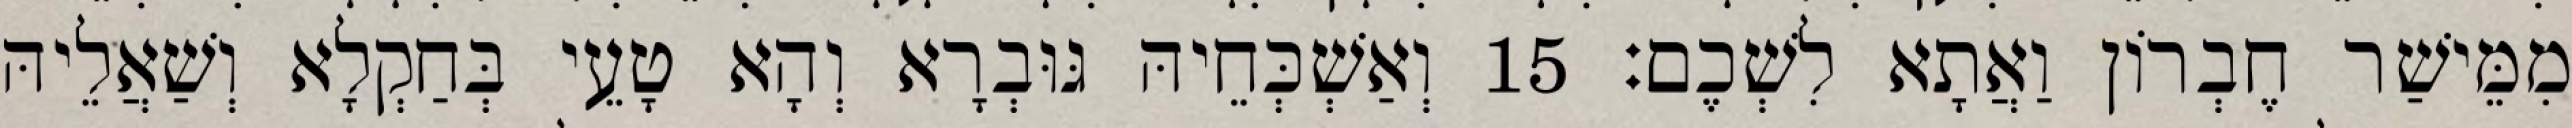
מִמֵּישַׁר חֶבְרוֹן וַאֲתָא לִשְׁכֶם׃ 15 וְאַשְׁכְּחֵיהּ גּוּבְרָא וְהָא טָעֵי בְּחַקְלָא וְשַׁאֲלֵיהּ